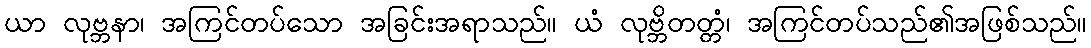
ယာ လုဗ္ဘနာ၊ အကြင်တပ်သော အခြင်းအရာသည်။ ယံ လုဗ္ဘိတတ္တံ၊ အကြင်တပ်သည်၏အဖြစ်သည်။